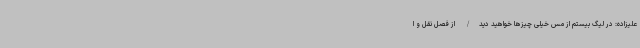
علیزاده: در لیگ بیستم از مس خیلی چیزها خواهید دید/ از فصل نقل و ا